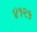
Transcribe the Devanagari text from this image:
४१२५